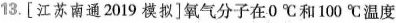
13.[江苏南通2019模拟]氧气分子在0℃和100℃温度